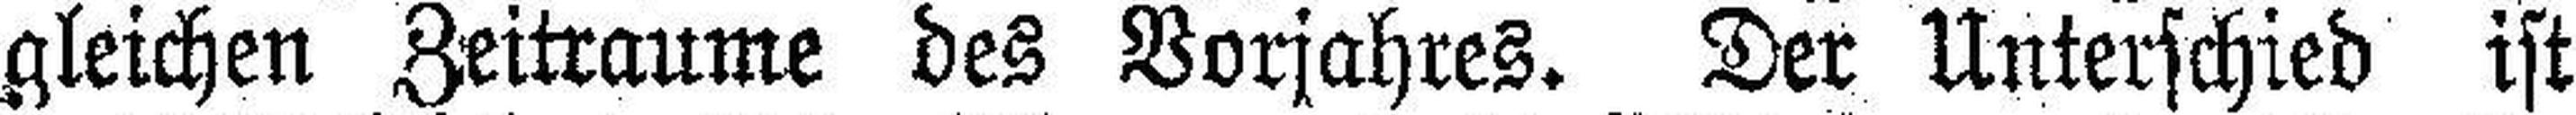
gleichen Zeitraume des Vorjahres. Der Unterschied ist